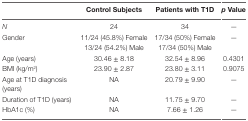
<table><thead><tr><td></td><td><b>Control Subjects</b></td><td><b>Patients with T1D</b></td><td><b><i>p</i> Value</b></td></tr></thead><tbody><tr><td><i>N</i></td><td>24</td><td>34</td><td>—</td></tr><tr><td rowspan="2">Gender</td><td>11/24 (45.8%) Female</td><td>17/34 (50%) Female</td><td rowspan="2">—</td></tr><tr><td>13/24 (54.2%) Male</td><td>17/34 (50%) Male</td></tr><tr><td>Age (years)</td><td>30.46 ± 8.18</td><td>32.54 ± 8.96</td><td>0.4301</td></tr><tr><td>BMI (kg/m<sup>2</sup>)</td><td>23.90 ± 2.87</td><td>23.80 ± 3.11</td><td>0.9075</td></tr><tr><td>Age at T1D diagnosis (years)</td><td>NA</td><td>20.79 ± 9.90</td><td>—</td></tr><tr><td>Duration of T1D (years)</td><td>NA</td><td>11.75 ± 9.70</td><td>—</td></tr><tr><td>HbA1c (%)</td><td>NA</td><td>7.66 ± 1.26</td><td>—</td></tr></tbody></table>